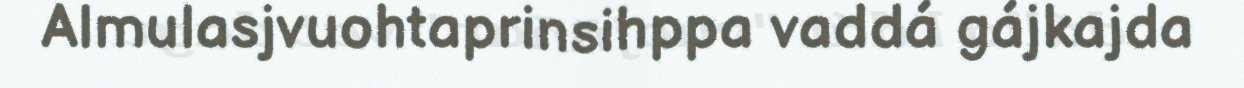
Almulasjvuohtaprinsihppa vaddá gájkajda